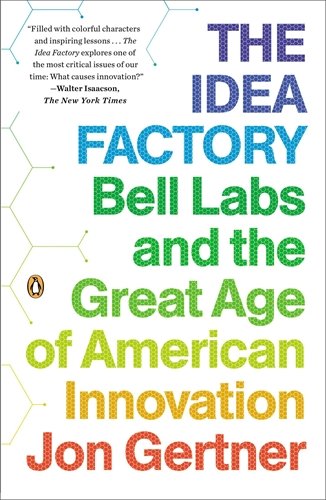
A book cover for The Idea Factory: Bell Labs and the Great Age of American Innovation; Jon Gertner; Engineering & Transportation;